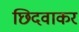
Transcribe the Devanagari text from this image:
छिदवाकर